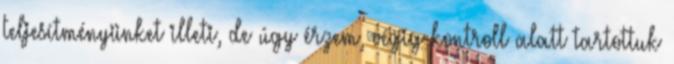
teljesítményünket illeti, de úgy érzem, végig kontroll alatt tartottuk